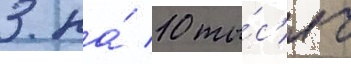
3 на́ 10 ты́с'яч